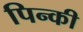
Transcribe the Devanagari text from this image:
पिन्की